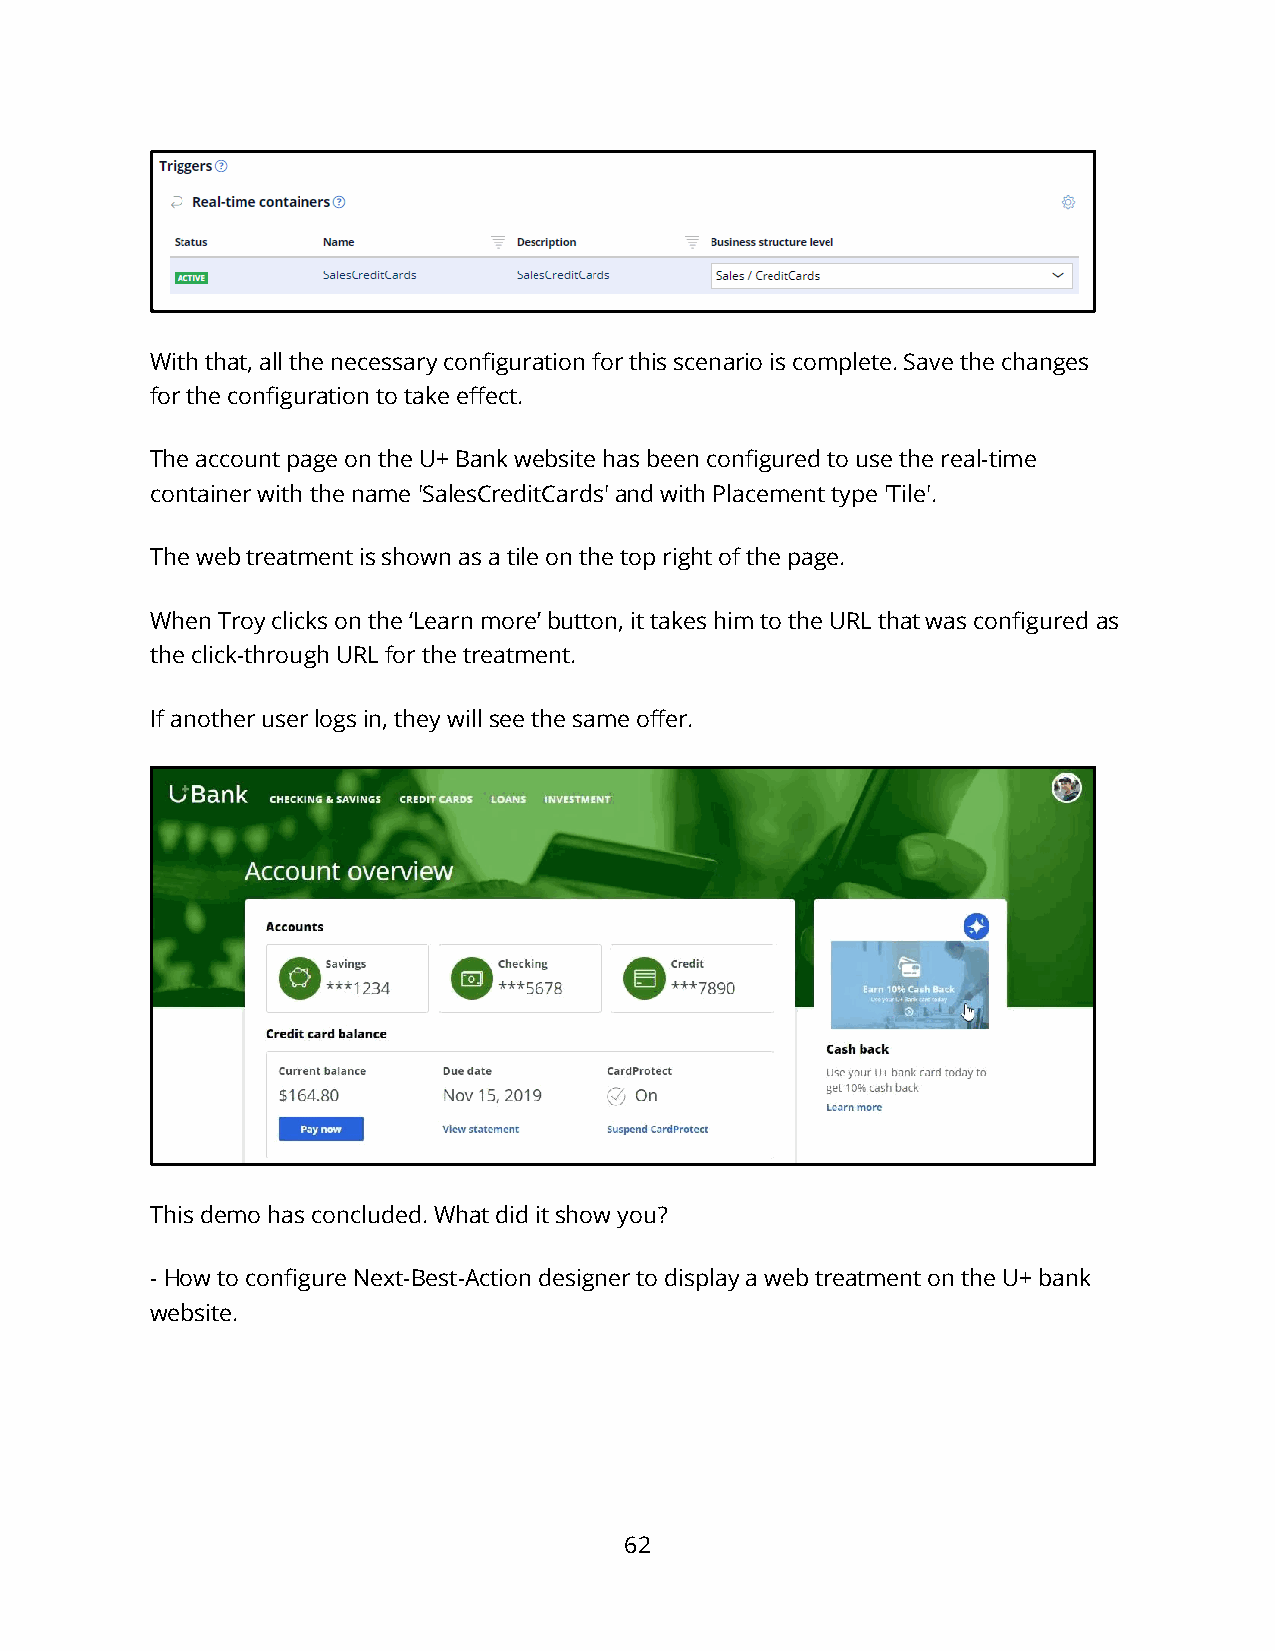
With that, all the necessary configuration for this scenario is complete. Save the changes
 for the configuration to take effect.
 The account page on the U+ Bank website has been configured to use the real-time
 container with the name 'SalesCreditCards' and with Placement type 'Tile'.
 The web treatment is shown as a tile on the top right of the page.
 When Troy clicks on the ‘Learn more’ button, it takes him to the URL that was configured as
 the click-through URL for the treatment.
 If another user logs in, they will see the same offer.
 This demo has concluded. What did it show you?
 - How to configure Next-Best-Action designer to display a web treatment on the U+ bank
 website.
 62